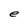
Character: e